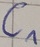
Text: C1